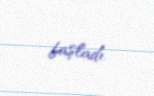
başladı.